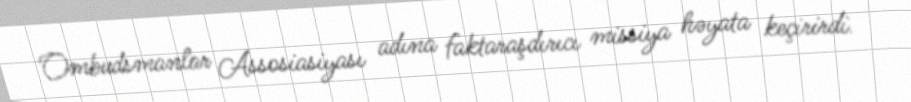
Ombudsmanlar Assosiasiyası adına faktaraşdırıcı missiya həyata keçirirdi.